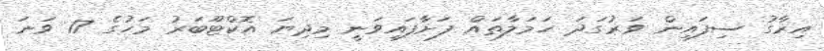
އިރާގު ސިފައިން ވަރުގަދަ ހަމަލާތައް ފަށާފައިވަނީ މިދިޔަ އޮކްޓޫބަރު މަހުގެ 17 ވަނަ